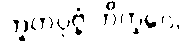
ဘူတပုဗ္ဗံ ဘိက္ခဝေ၊